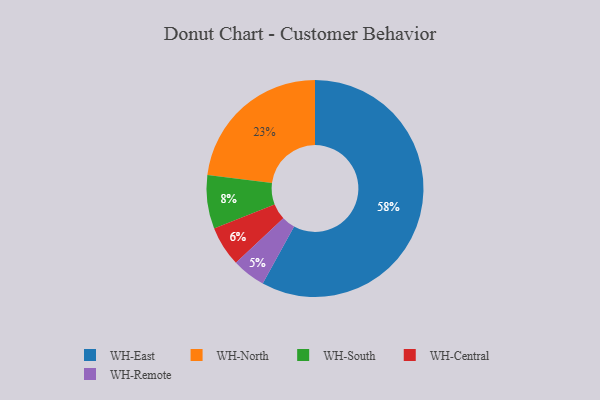
{"axis": {"x": "Category", "y": "Percentage"}, "legend": ["WH-Central", "WH-East", "WH-North", "WH-Remote", "WH-South"], "data": [{"x": "WH-North", "y": 23, "type": "WH-North"}, {"x": "WH-Remote", "y": 5, "type": "WH-Remote"}, {"x": "WH-South", "y": 8, "type": "WH-South"}, {"x": "WH-Central", "y": 6, "type": "WH-Central"}, {"x": "WH-East", "y": 58, "type": "WH-East"}]}